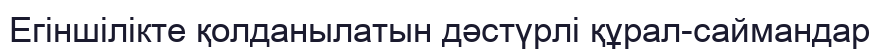
Егіншілікте қолданылатын дәстүрлі құрал-саймандар